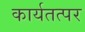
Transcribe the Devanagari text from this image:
कार्यतत्‍पर